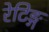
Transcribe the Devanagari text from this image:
रेटिङ्ग